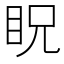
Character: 眖